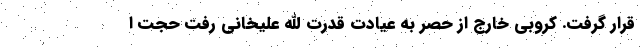
قرار گرفت. کروبی خارج از حصر به عیادت قدرت الله علیخانی رفت حجت ا